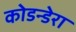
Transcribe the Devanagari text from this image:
कोडन्डेरा